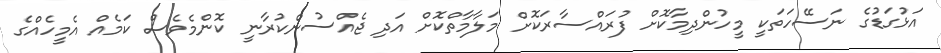
އަޅުގަޑުގެ ނަސޭހަތަކީ މީހުންދިމާކޮށް ފުރައްސާރަކޮށް މަލާމާތްކޮށް އަދި ޖެއްސުންކުރާނީ ކޮންމެވެސް ކަމެއް އެމީހެއްގެ